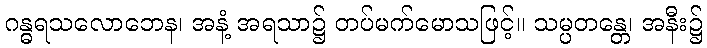
ဂန္ဓရသလောဘေန၊ အနံ့ အရသာ၌ တပ်မက်မောသဖြင့်။ သမ္ပတန္တေ၊ အနီး၌